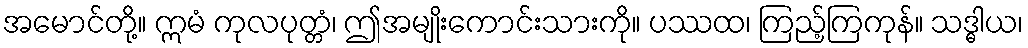
အမောင်တို့။ ဣမံ ကုလပုတ္တံ၊ ဤအမျိုးကောင်းသားကို။ ပဿထ၊ ကြည့်ကြကုန်။ သဒ္ဓါယ၊